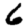
Digit: 6